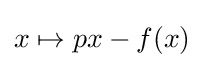
x\mapsto px-f(x)